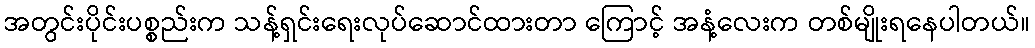
အတွင်းပိုင်းပစ္စည်းက သန့်ရှင်းရေးလုပ်ဆောင်ထားတာ ကြောင့် အနံ့လေးက တစ်မျိုးရနေပါတယ်။